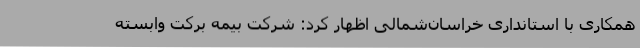
همکاری با استانداری خراسان‌شمالی اظهار کرد: شرکت بیمه برکت وابسته